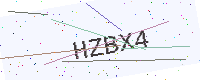
Text: HZBX4